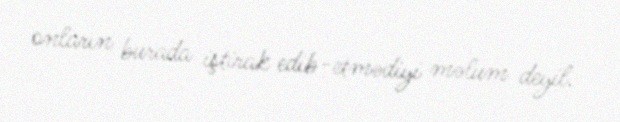
onların burada iştirak edib-etmədiyi məlum deyil.